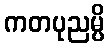
ကတပုညမ္ပိ